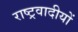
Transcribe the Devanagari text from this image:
राष्ट्रवादीयों